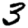
Digit: 3